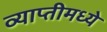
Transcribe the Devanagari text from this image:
व्याप्तीमध्ये